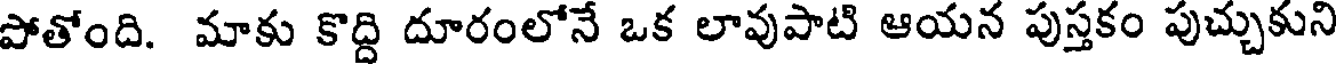
పోతోంది. మాకు కొద్ది దూరంలోనే ఒక లావుపాటి ఆయన పుస్తకం పుచ్చుకుని